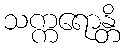
သက္ကရောန္တိ